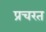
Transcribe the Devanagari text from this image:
प्रचरत